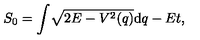
S _ { 0 } = \int \! \sqrt { 2 E - V ^ { 2 } ( q ) } \mathrm { d } q - E t ,